Cholera in southern India
Disease focus: Cholera
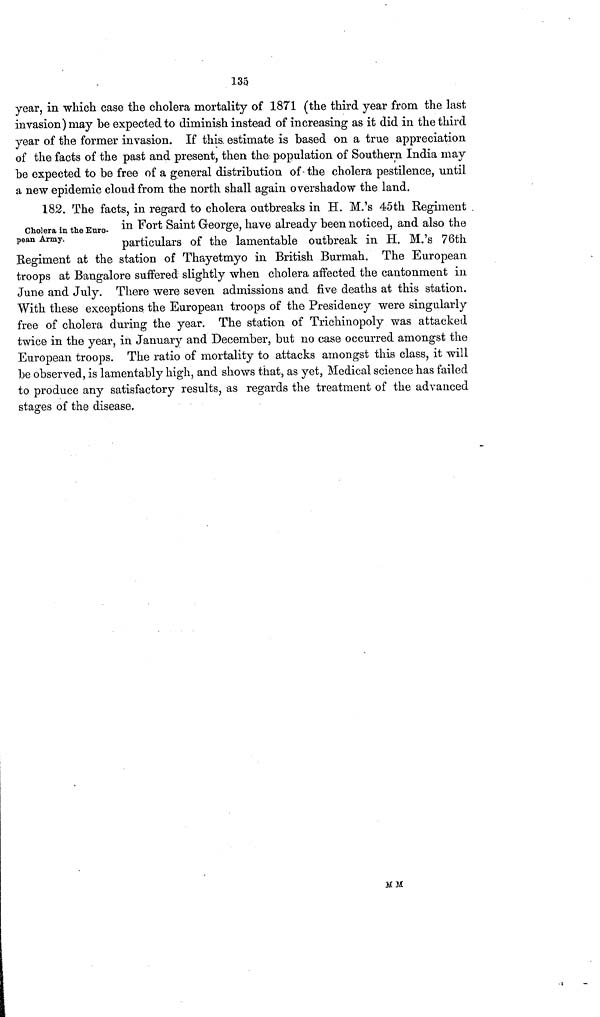
135
year, in which case the cholera mortality of 1871 (the third year from the last
invasion) may be expected to diminish instead of increasing as it did in the third
year of the former invasion. If this, estimate is based on a true appreciation
of the facts of the past and present, then the population of Southern India may
be expected to be free of a general distribution of the cholera pestilence, until
a new epidemic cloud from the north shall again overshadow the land.
Cholera in the Euro-
pean Army.
182. The facts, in regard to cholera outbreaks in H. M.'s 45th Regiment
in Fort Saint George, have already been noticed, and also the
particulars of the lamentable outbreak in H. M.'s 76th
Regiment at the station of Thayetmyo in British Burmah. The European
troops at Bangalore suffered slightly when cholera affected the cantonment in
June and July. There were seven admissions and five deaths at this station.
With these exceptions the European troops of the Presidency were singularly
free of cholera during the year. The station of Trichinopoly was attacked
twice in the year, in January and December, but no case occurred amongst the
European troops. The ratio of mortality to attacks amongst this class, it will
be observed, is lamentably high, and shows that, as yet, Medical science has failed
to produce any satisfactory results, as regards the treatment of the advanced
stages of the disease.
M M